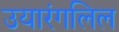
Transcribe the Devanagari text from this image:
उयारंगलिल